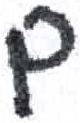
אות: ם